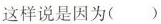
这样说是因为（）